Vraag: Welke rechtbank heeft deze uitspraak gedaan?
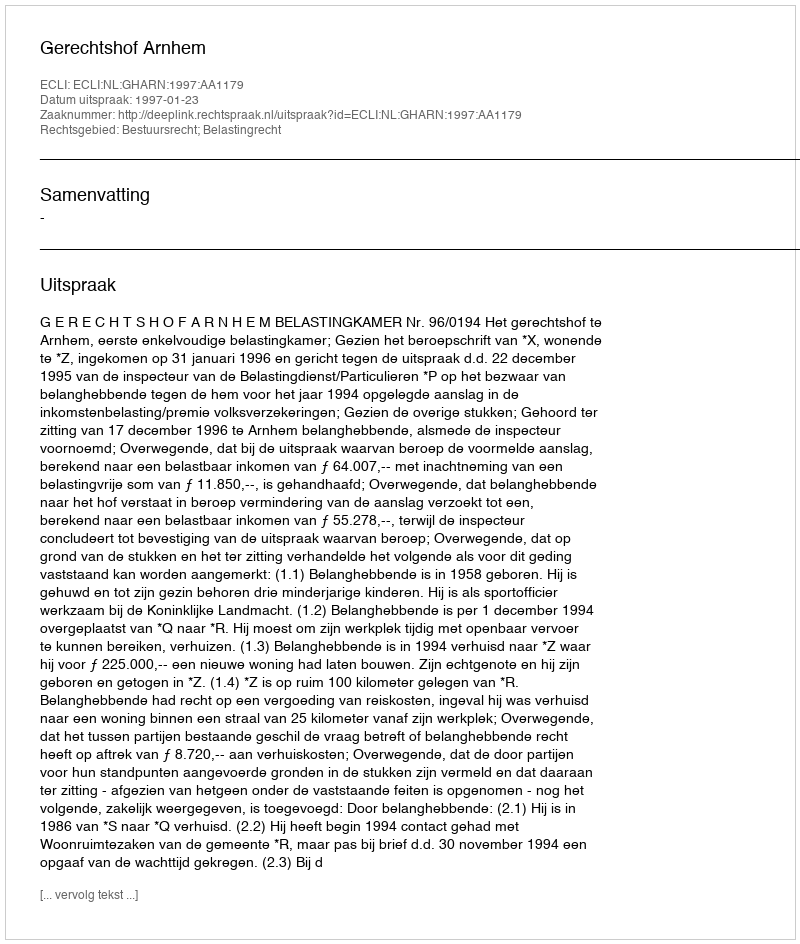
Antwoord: Gerechtshof Arnhem